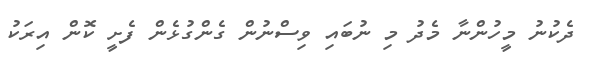
ދެކުނު މީހުންނާ މެދު މި ނުބައި ވިސްނުން ގެންގުޅެން ފެށީ ކޮން އިރަކު